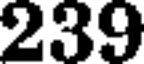
239